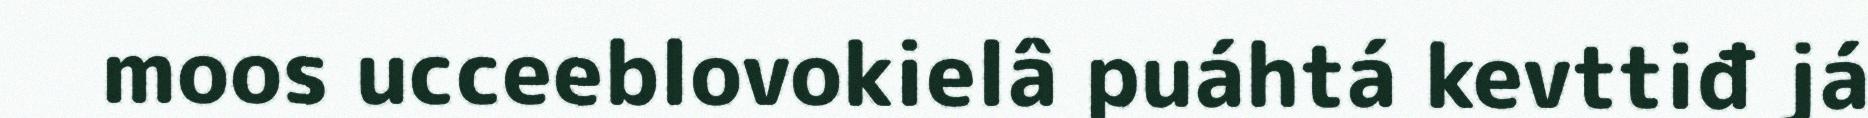
moos ucceeblovokielâ puáhtá kevttiđ já